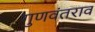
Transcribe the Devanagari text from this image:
गुणवंतराव